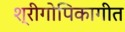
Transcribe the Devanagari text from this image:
श्रीगोपिकागीत